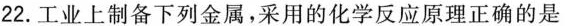
22.工业上制备下列金属，采用的化学反应原理正确的是